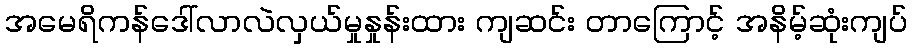
အမေရိကန်ဒေါ်လာလဲလှယ်မှုနှုန်းထား ကျဆင်း တာကြောင့် အနိမ့်ဆုံးကျပ်